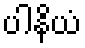
ပါနိယံ